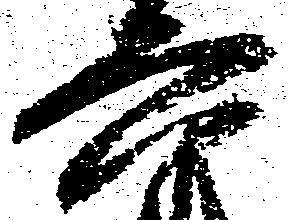
六